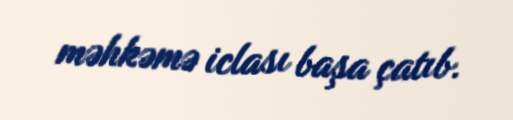
məhkəmə iclası başa çatıb.